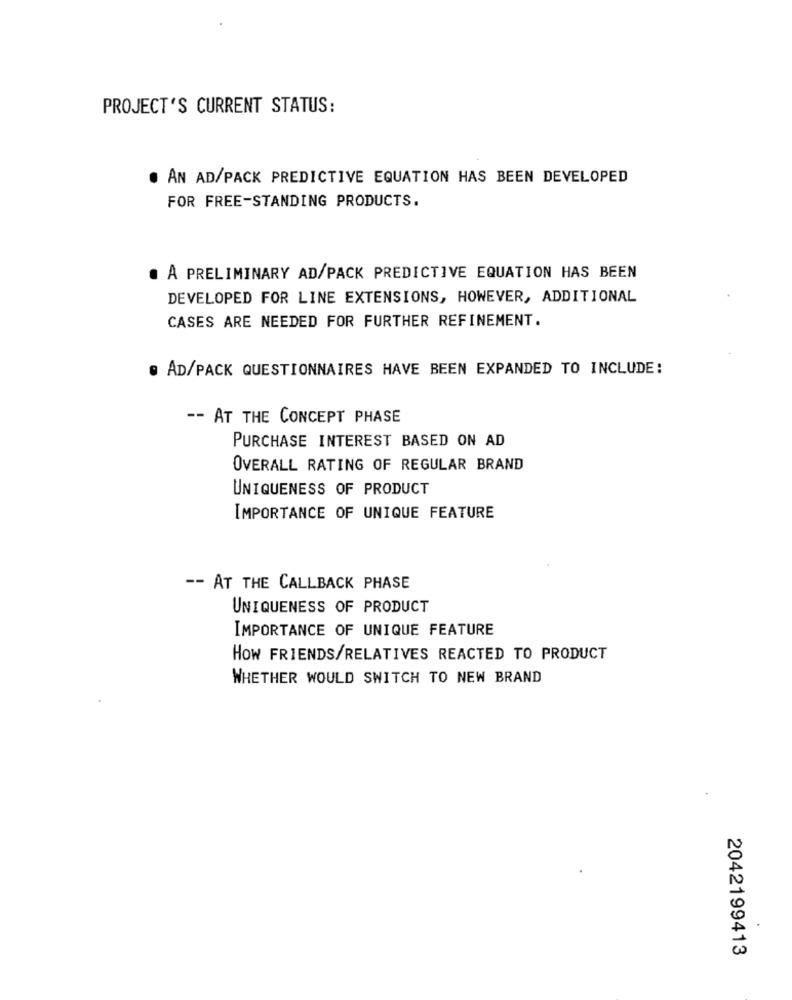
PROJECT'S CURRENT STATUS:
. AN AD/PACK PREDICTIVE EQUATION HAS BEEN DEVELOPED
FOR FREE-STANDING PRODUCTS.
A PRELIMINARY AD/PACK PREDICTIVE EQUATION HAS BEEN
DEVELOPED FOR LINE EXTENSIONS, HOWEVER, ADDITIONAL
CASES ARE NEEDED FOR FURTHER REFINEMENT.
@ AD/PACK QUESTIONNAIRES HAVE BEEN EXPANDED TO INCLUDE:
-- AT THE CONCEPT PHASE
PURCHASE INTEREST BASED ON AD
OVERALL RATING OF REGULAR BRAND
UNIQUENESS OF PRODUCT
IMPORTANCE OF UNIQUE FEATURE
-- AT THE CALLBACK PHASE
UNIQUENESS OF PRODUCT
IMPORTANCE OF UNIQUE FEATURE
HOW FRIENDS/RELATIVES REACTED TO PRODUCT
WHETHER WOULD SWITCH TO NEW BRAND
.
2042199413